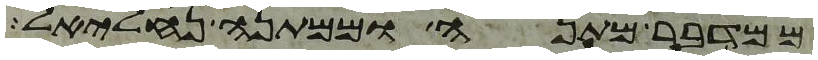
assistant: ממדבר מתנה וממתנה נחליאל